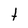
Character: t